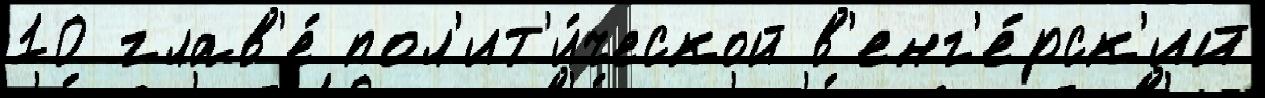
10 глав'е́ пол'ит'и́ческой в'енг'е́рск'ий